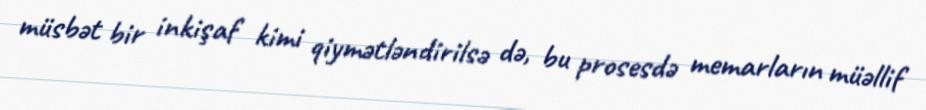
müsbət bir inkişaf kimi qiymətləndirilsə də, bu prosesdə memarların müəllif